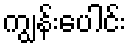
ကျွန်းပေါင်း